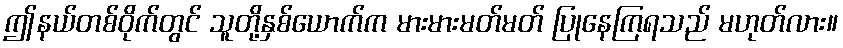
ဤနယ်တစ်ဝိုက်တွင် သူတို့နှစ်ယောက်က မားမားမတ်မတ် ပြုနေကြရသည် မဟုတ်လား။